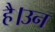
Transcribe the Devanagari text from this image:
है।उन